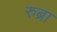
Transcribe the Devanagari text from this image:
रुब्रा